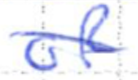
Text: of
Cross-out: diagonal
Writing tool: ballpoint